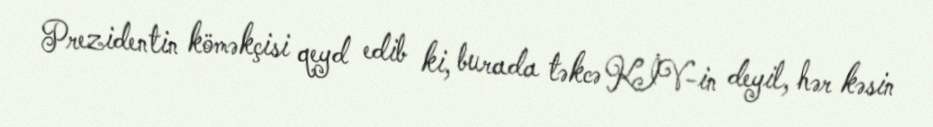
Prezidentin köməkçisi qeyd edib ki, burada təkcə KİV-in deyil, hər kəsin